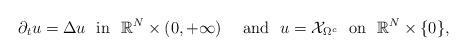
LaTeX: \begin{align*}\partial_t u=\Delta u\ \mbox{ in }\ \mathbb R^N \times (0, +\infty)\quad\mbox{ and }\ u = {\mathcal X}_{\Omega^c}\ \mbox{ on }\ \mathbb R^N \times \{0\},\end{align*}